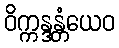
ဝိက္ကန္ဒန္တံယေဝ